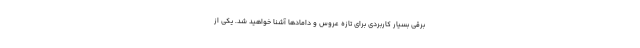
برقی بسیار کاربردی برای تازه عروس و دامادها آشنا خواهید شد. یکی از